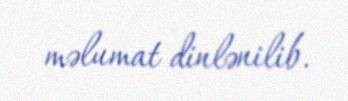
məlumat dinlənilib.